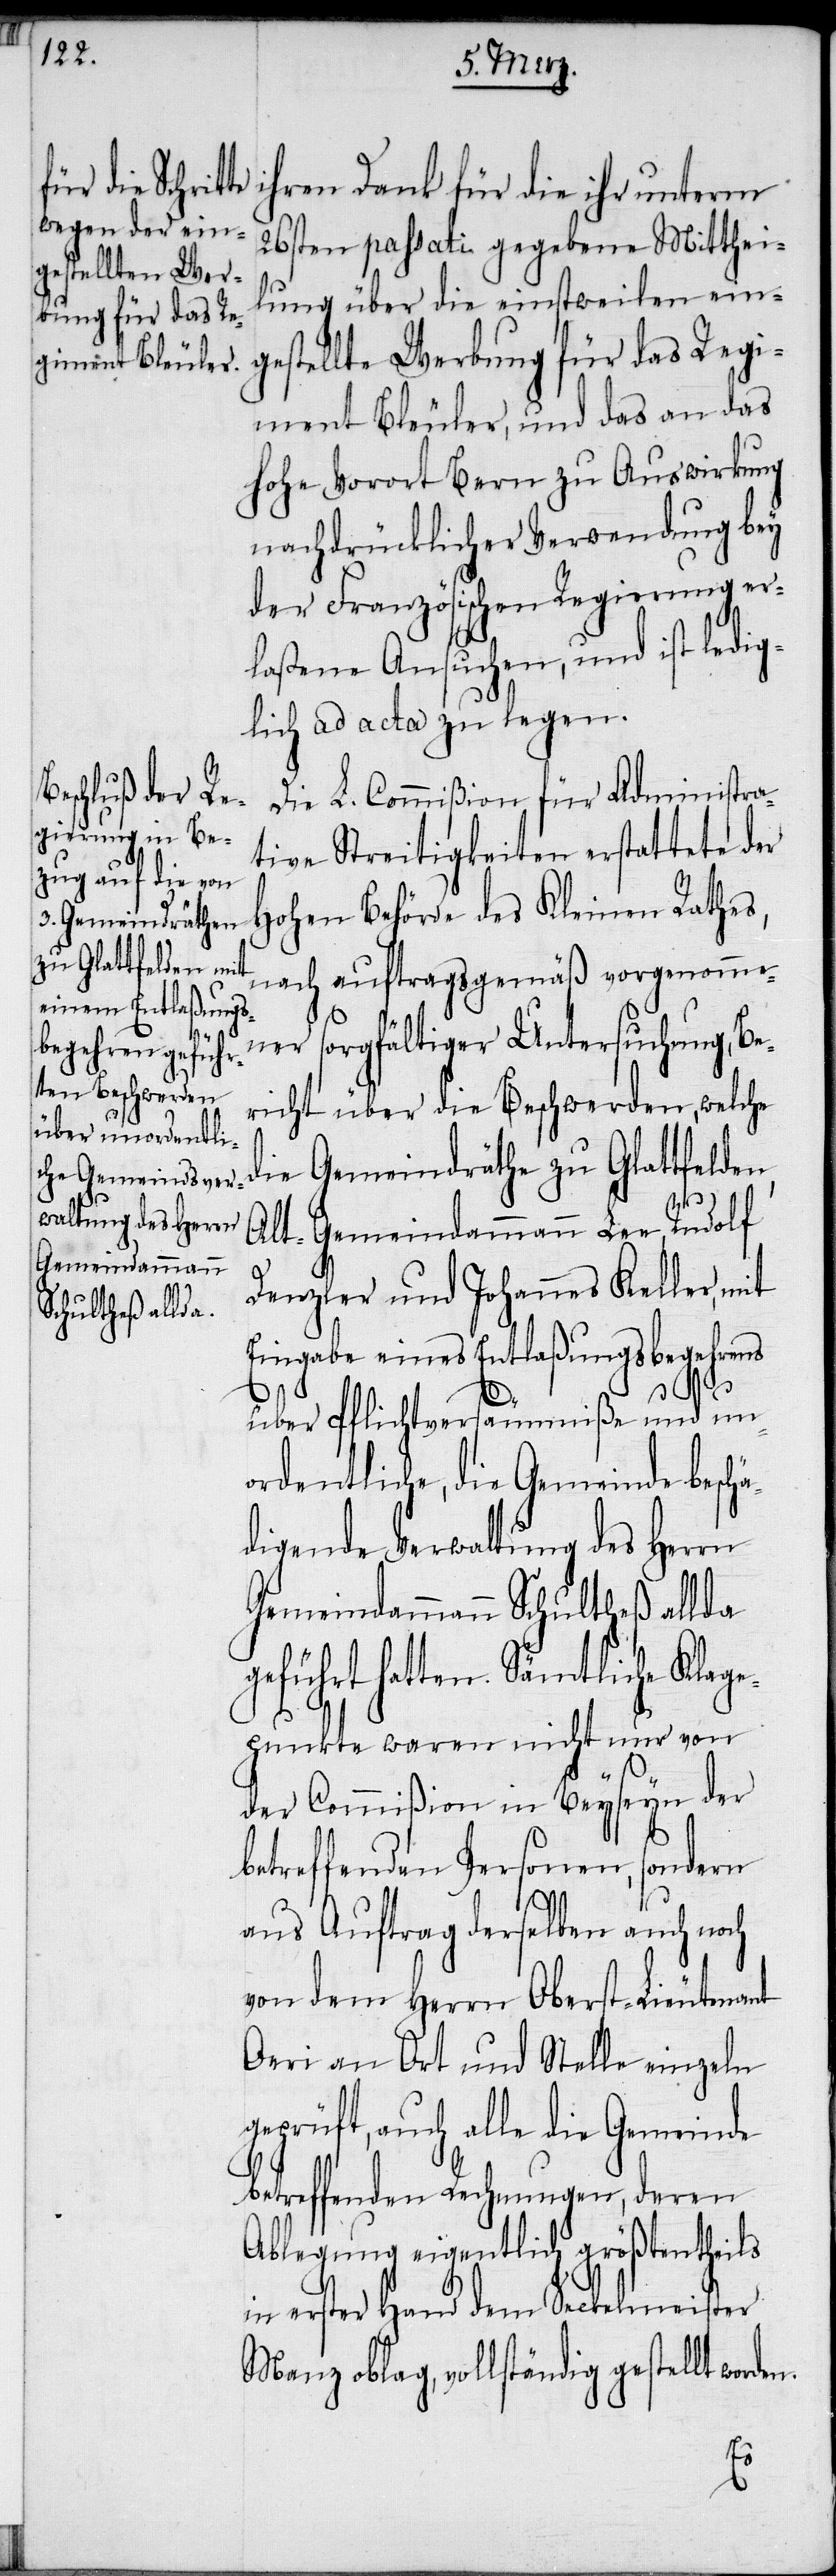
ihren Dank für die ihr unterm
26sten passati gegebene Mitthei¬
lung über die einstweilen ein¬
gestellte Werbung für das Regi¬
ment Bleuler, und das an das
hohe Vorort Bern zu Auswirkung
nachdrücklicher Verwendung bey
der Französischen Regierung er¬
laßene Ansuchen, und ist ledig¬
lich ad acta zu legen.
Die L. Commißion für Administra¬
tive Streitigkeiten erstattete der
Hohen Behörde des Kleinen Rathes,
nach auftragsgemäß vorgenomme¬
ner sorgfältiger Untersuchung, Be¬
richt über die Beschwerden, welche
die Gemeindräthe zu Glattfelden,
Alt-Gemeindammann Lee, Rudolf
Denzler und Johannes Keller, mit
Eingabe eines Entlaßungsbegehre¬
über Pflichtversäumniße und un¬
ordentliche, die Gemeinde beschä¬
digende Verwaltung des Herrn
Gemeindammann Schultheß allda
geführt hatten. Sämtliche Klage¬
punkte waren nicht nur von
der Commißion in Beyseyn der
betreffenden Personen, sondern
aus Auftrag derselben auch noch
von dem Herrn Oberst-Lieutenant
Oeri an Ort und Stelle einzeln
geprüft, auch alle die Gemeinde
betreffenden Rechnungen, deren
Ablegung eigentlich größtentheils
in erster Hand dem Seckelmeister
Manz oblag, vollständig gestellt word¬
en.